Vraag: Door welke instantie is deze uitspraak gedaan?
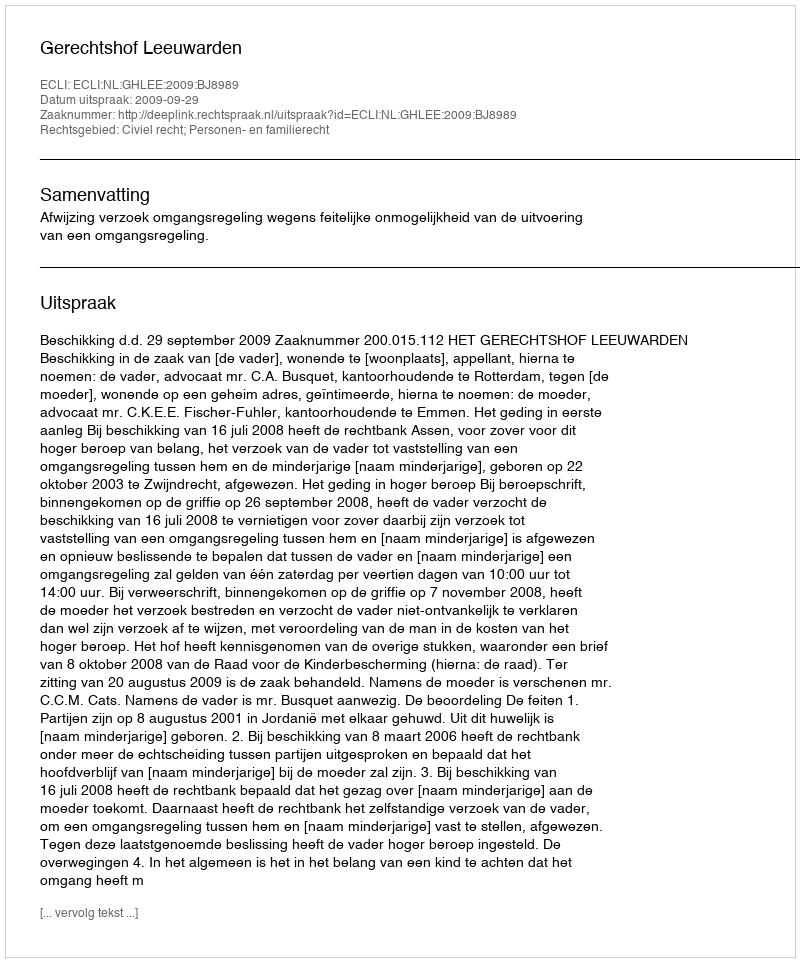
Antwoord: Gerechtshof Leeuwarden